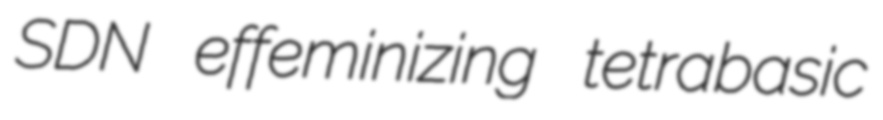
SDN effeminizing tetrabasic